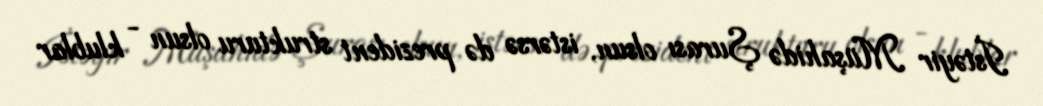
İstəyir Müşahidə Şurası olsun, istərsə də prezident strukturu olsun - klublar